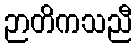
ဉာတိကသညီ